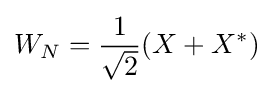
W_{N}={\frac {1}{\sqrt {2}}}(X+X^{*})